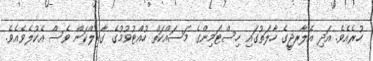
ހުރެއެވެ. އަދި އެލާރޖީގެ ހާލަތުގައި ހިސްޓަމިންގެ މަސައްކަތް ހުއްޓުވުމުގެ ގާބިލްކަން ވެސް އެކުލެވެއެވެ.